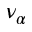
\nu _ { \alpha }